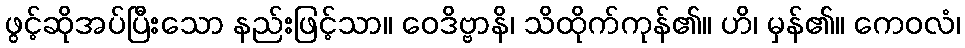
ဖွင့်ဆိုအပ်ပြီးသော နည်းဖြင့်သာ။ ဝေဒိဗ္ဗာနိ၊ သိထိုက်ကုန်၏။ ဟိ၊ မှန်၏။ ကေဝလံ၊